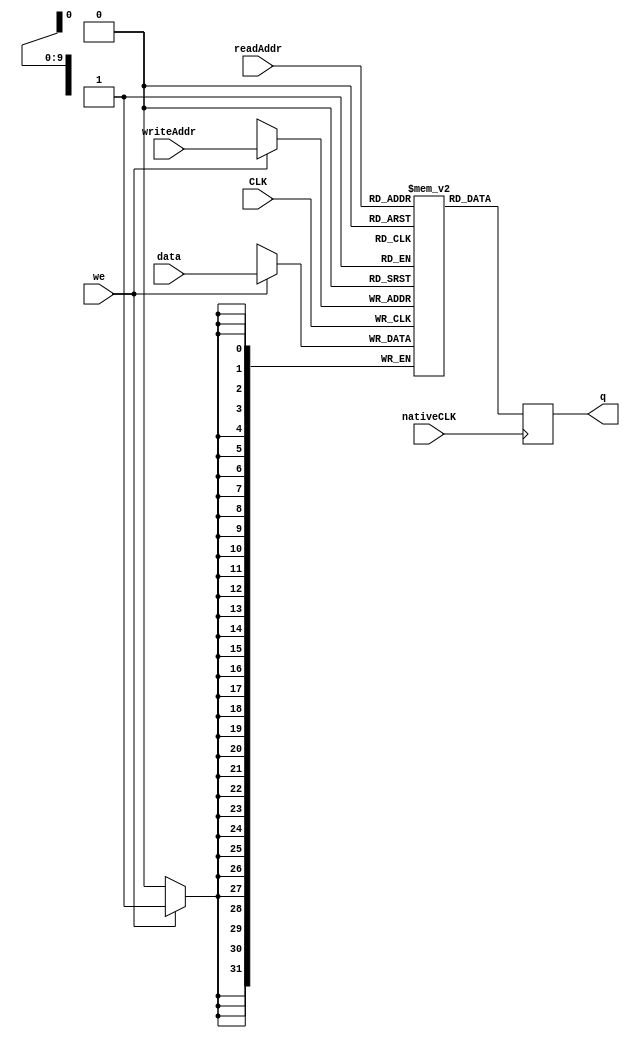
module RAM_Instrucao
#(parameter DATA_WIDTH=32, parameter ADDR_WIDTH=10)
(
	input [(DATA_WIDTH-1):0] data,
	input [(ADDR_WIDTH-1):0] readAddr, writeAddr,
	input we, nativeCLK, CLK,
	output reg [(DATA_WIDTH-1):0] q
);

	reg [DATA_WIDTH-1:0] ram[2**ADDR_WIDTH-1:0];
	
	always @ (negedge CLK)
	begin
		if (we)
			ram[writeAddr] <= data;
	end

	always @ (posedge nativeCLK)
	begin
		q <= ram[readAddr];
	end

endmodule